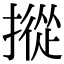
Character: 摐